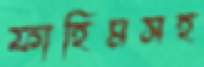
ফাহিমসহ